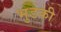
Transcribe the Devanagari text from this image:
भुडकी